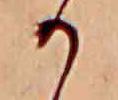
か